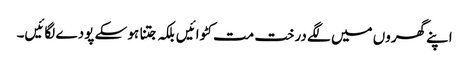
اپنے گھروں میں لگے درخت مت کٹوائیں بلکہ جتنا ہو سکے پودے لگائیں۔